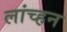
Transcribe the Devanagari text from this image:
लांच्हन